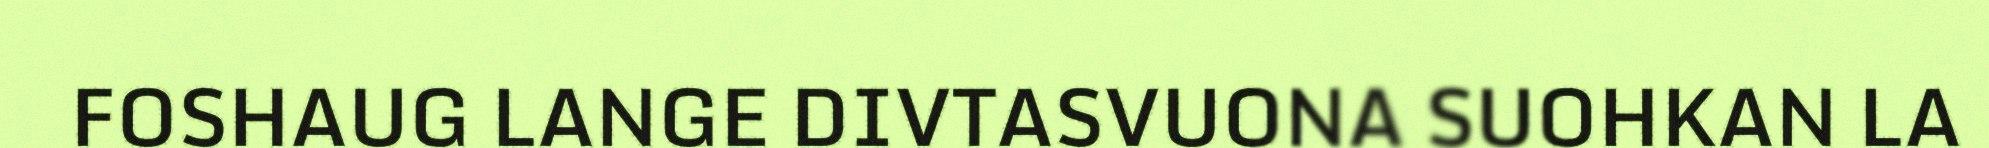
FOSHAUG LANGE DIVTASVUONA SUOHKAN LA